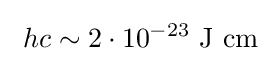
\ hc\sim 2\cdot 10^{-23}\ \mathrm {J} \ \mathrm {cm}